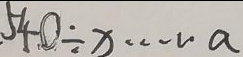
5 4 0 \div x \cdots a